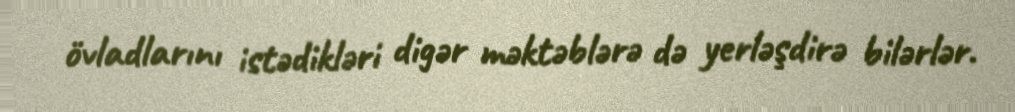
övladlarını istədikləri digər məktəblərə də yerləşdirə bilərlər.